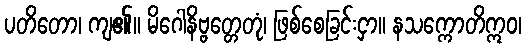
ပတိတော၊ ကျ၏။ မိဂေါနိဗ္ဗတ္တေတုံ၊ ဖြစ်စေခြင်းငှာ။ နသက္ကောတိဣဝ၊